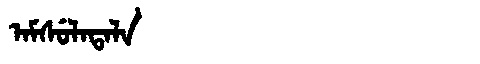
Manchu: ᠠᠮᠰᡠᠯᠠᡨᠠᠯᠠ
Romanization: AMSULATALA